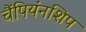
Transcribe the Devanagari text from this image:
चैंपियंनशिप